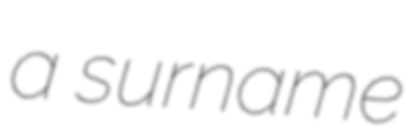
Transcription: a surname